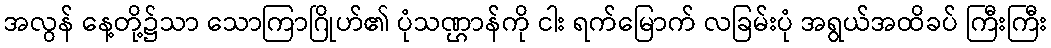
အလွန် နေ့တို့၌သာ သောကြာဂြိုဟ်၏ ပုံသဏ္ဌာန်ကို ငါး ရက်မြောက် လခြမ်းပုံ အရွယ်အထိခပ် ကြီးကြီး